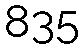
835